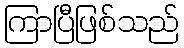
ကြာပြီဖြစ်သည်